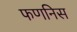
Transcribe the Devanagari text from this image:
फणनिस